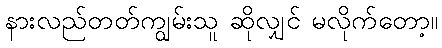
နားလည်တတ်ကျွမ်းသူ ဆိုလျှင် မလိုက်တော့။